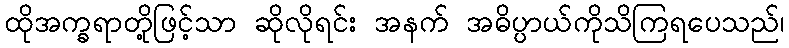
ထိုအက္ခရာတို့ဖြင့်သာ ဆိုလိုရင်း အနက် အဓိပ္ပာယ်ကိုသိကြရပေသည်၊